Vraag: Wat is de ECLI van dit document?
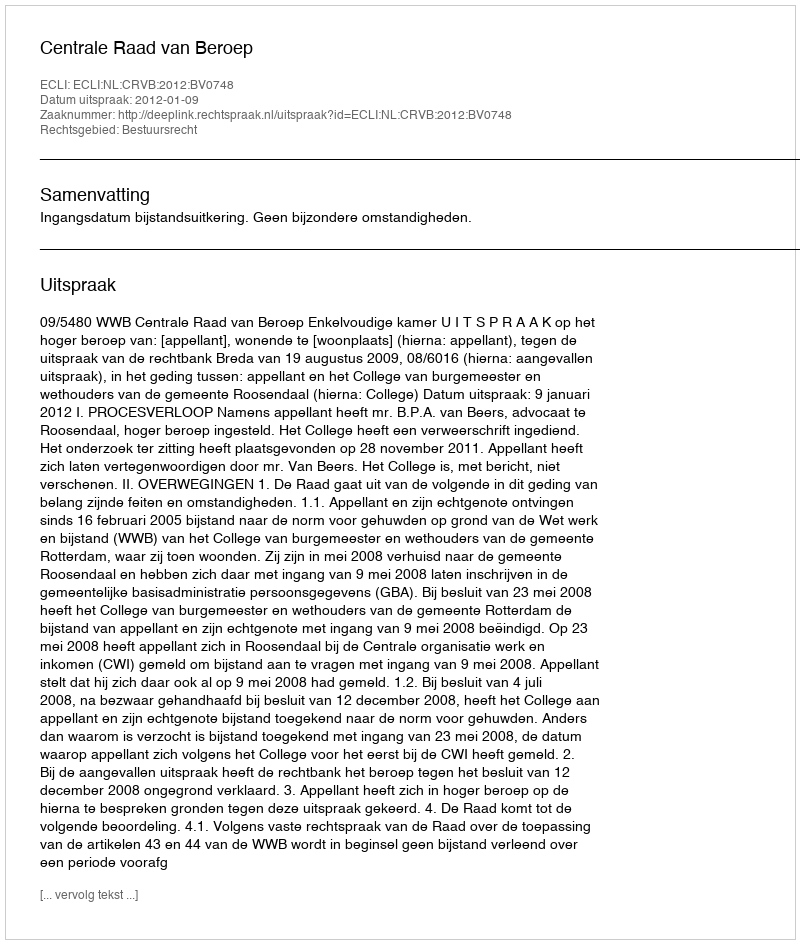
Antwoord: ECLI:NL:CRVB:2012:BV0748